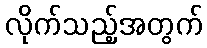
လိုက်သည့်အတွက်